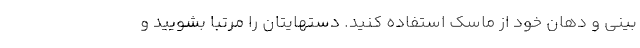
بینی و دهان خود از ماسک استفاده کنید. دستهایتان را مرتباً بشویید و